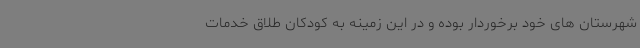
شهرستان های خود برخوردار بوده و در این زمینه به کودکان طلاق خدمات